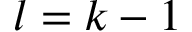
l = k - 1